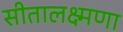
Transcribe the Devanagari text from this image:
सीतालक्ष्मणा